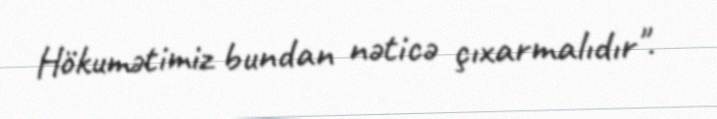
Hökumətimiz bundan nəticə çıxarmalıdır".